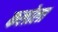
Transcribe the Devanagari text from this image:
कलोला